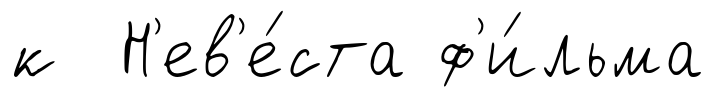
к Н'ев'е́ста ф'и́льма